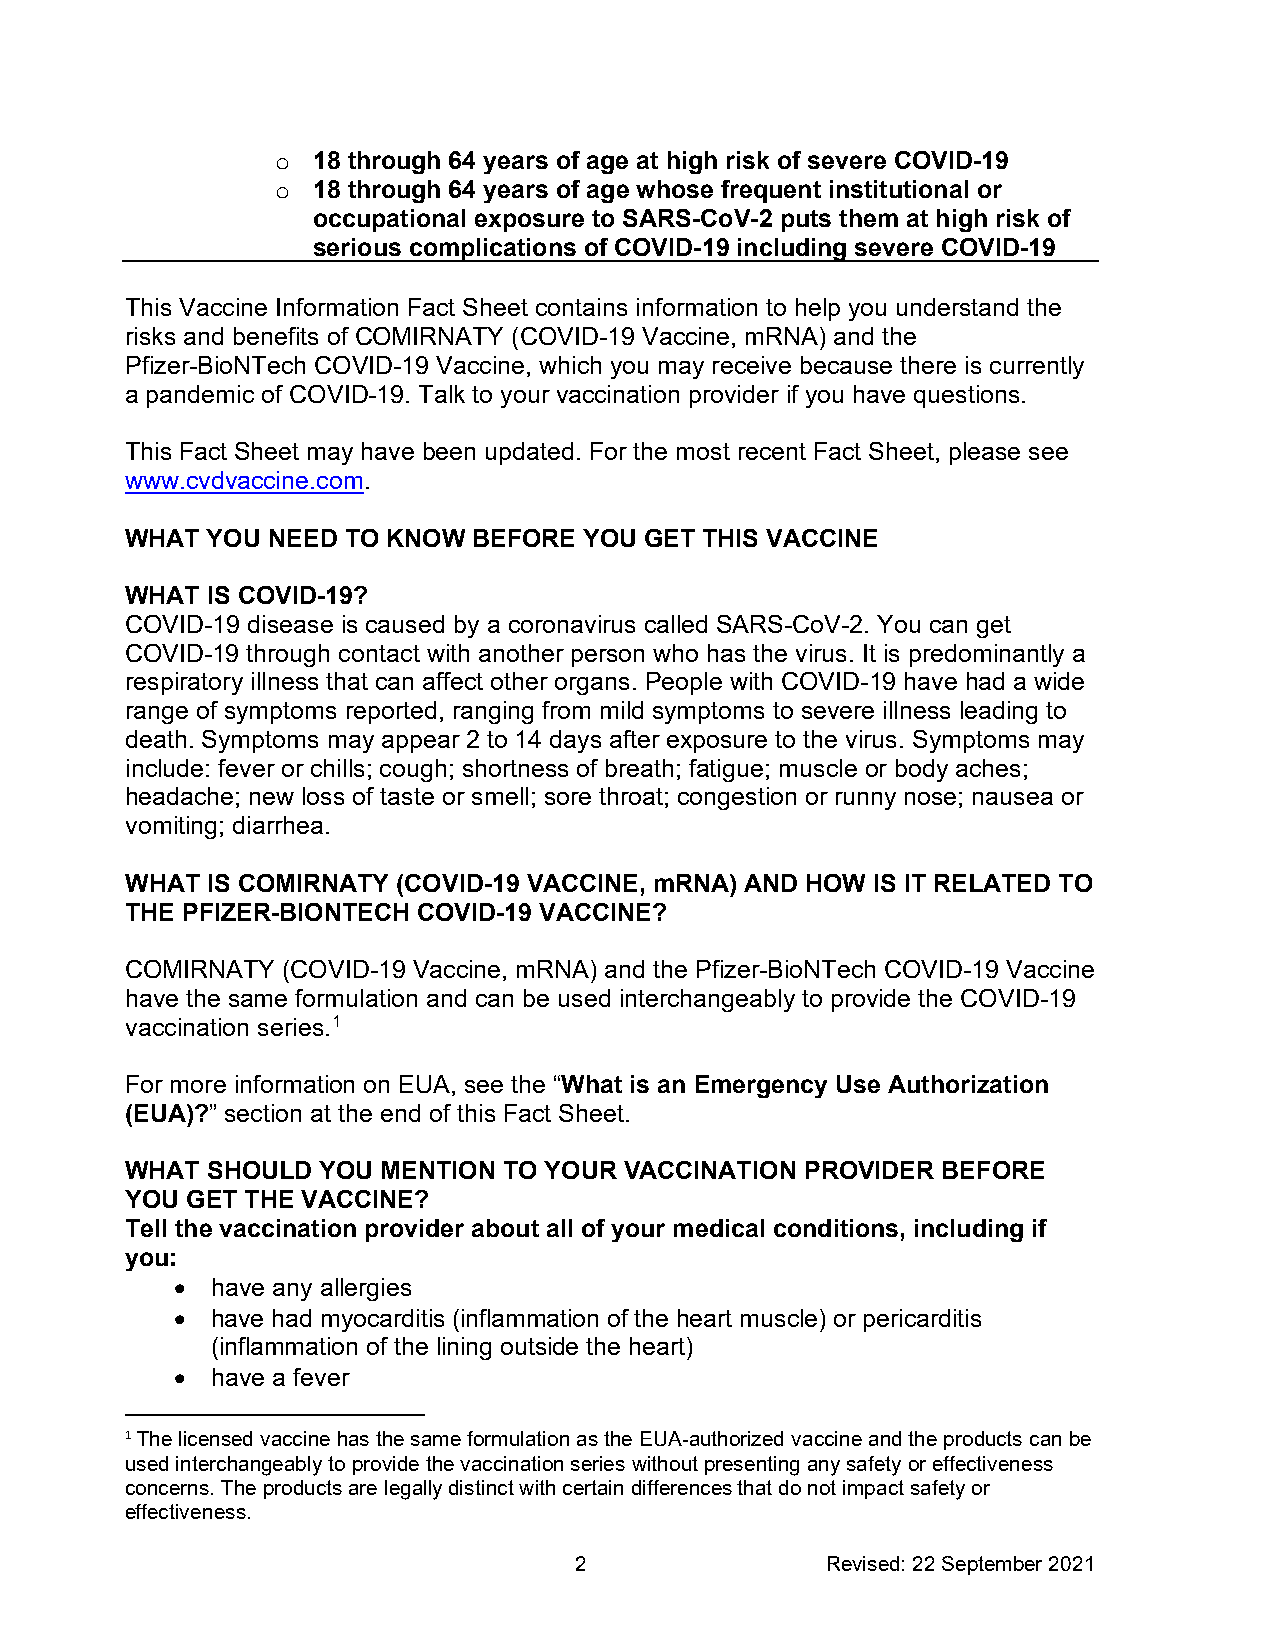
18 through 64 years of age at high risk of severe COVID-19
 o
 18 through 64 years of age whose frequent institutional or
 o
 occupational exposure to SARS-CoV-2 puts them at high risk of
 serious complications of COVID-19 including severe COVID-19
 This Vaccine Information Fact Sheet contains information to help you understand the
 risks and benefits of COMIRNATY (COVID-19 Vaccine, mRNA) and the
 Pfizer-BioNTech COVID-19 Vaccine, which you may receive because there is currently
 a pandemic of COVID-19. Talk to your vaccination provider if you have questions.
 This Fact Sheet may have been updated. For the most recent Fact Sheet, please see
 www.cvdvaccine.com.
 WHAT  YOU NEED TO KNOW BEFORE  YOU GET THIS VACCINE
 WHAT  IS COVID-19?
 COVID-19 disease is caused by a coronavirus called SARS-CoV-2. You can get
 COVID-19 through contact with another person who has the virus. It is predominantly a
 respiratory illness that can affect other organs. People with COVID-19 have had a wide
 range of symptoms reported, ranging from mild symptoms to severe illness leading to
 death. Symptoms may appear 2 to 14 days after exposure to the virus. Symptoms may
 include: fever or chills; cough; shortness of breath; fatigue; muscle or body aches;
 headache; new loss of taste or smell; sore throat; congestion or runny nose; nausea or
 vomiting; diarrhea.
 WHAT  IS COMIRNATY (COVID-19 VACCINE, mRNA) AND HOW IS IT RELATED TO
 THE PFIZER-BIONTECH COVID-19 VACCINE?
 COMIRNATY  (COVID-19 Vaccine, mRNA) and the Pfizer-BioNTech COVID-19 Vaccine
 have the same formulation and can be used interchangeably to provide the COVID-19
 vaccination series.1
 For more information on EUA, see the “What is an Emergency Use Authorization
 (EUA)?” section at the end of this Fact Sheet.
 WHAT  SHOULD YOU MENTION TO YOUR VACCINATION PROVIDER BEFORE
 YOU GET THE VACCINE?
 Tell the vaccination provider about all of your medical conditions, including if
 you:
 • have any allergies
 • have had myocarditis (inflammation of the heart muscle) or pericarditis
 (inflammation of the lining outside the heart)
 • have a fever
 1 The licensed vaccine has the same formulation as the EUA-authorized vaccine and the products can be
 used interchangeably to provide the vaccination series without presenting any safety or effectiveness
 concerns. The products are legally distinct with certain differences that do not impact safety or
 effectiveness.
 2                Revised: 22 September 2021